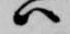
ハ